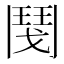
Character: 𩰎